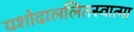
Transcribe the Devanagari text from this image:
यशोदाललितस्वात्मा